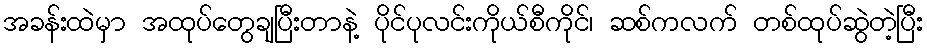
အခန်းထဲမှာ အထုပ်တွေချပြီးတာနဲ့ ပိုင်ပုလင်းကိုယ်စီကိုင်၊ ဆစ်ကလက် တစ်ထုပ်ဆွဲတဲ့ပြီး